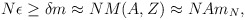
\begin{align*}N \epsilon \geq \delta m \approx NM(A,Z) \approx NAm_N,\end{align*}